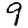
Digit: 9